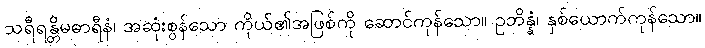
သရီရန္တိမဓာရီနံ၊ အဆုံးစွန်သော ကိုယ်၏အဖြစ်ကို ဆောင်ကုန်သော။ ဥဘိန္နံ၊ နှစ်ယောက်ကုန်သော။